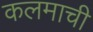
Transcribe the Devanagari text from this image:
कलमाची